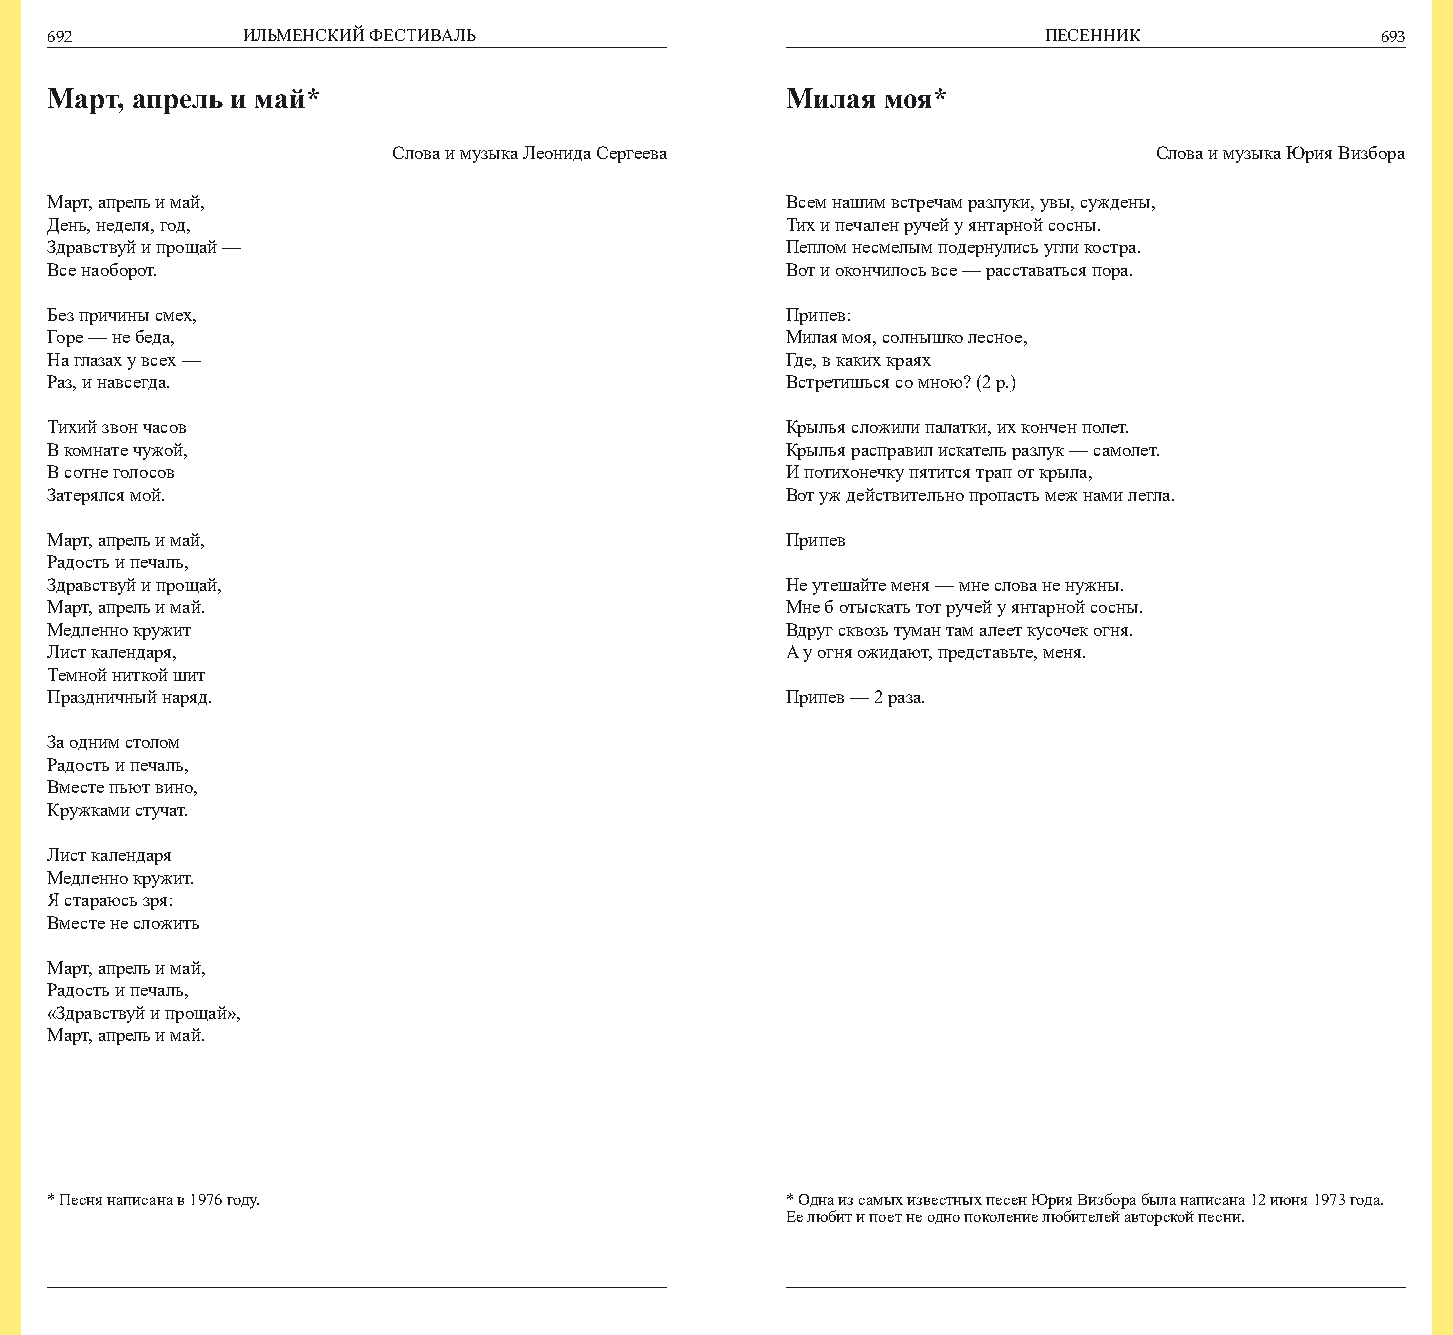
692          ИЛЬМЕНСКИЙ ФЕСТИВАЛЬ                                 ПЕСЕННИК              693
 Март, апрель и май*                              Милая  моя*
 Слова и музыка Леонида Сергеева                    Слова и музыка Юрия Визбора
 Март, апрель и май,                              Всем нашим встречам разлуки, увы, суждены,
 День, неделя, год,                               Тих и печален ручей у янтарной сосны.
 Здравствуй и прощай —                            Пеплом несмелым подернулись угли костра.
 Все наоборот.                                    Вот и окончилось все — расставаться пора.
 Без причины смех,                                Припев:
 Горе — не беда,                                  Милая моя, солнышко лесное,
 На глазах у всех —                               Где, в каких краях
 Раз, и навсегда.                                 Встретишься со мною? (2 р.)
 Тихий звон часов                                 Крылья сложили палатки, их кончен полет.
 В комнате чужой,                                 Крылья расправил искатель разлук — самолет.
 В сотне голосов                                  И потихонечку пятится трап от крыла,
 Затерялся мой.                                   Вот уж действительно пропасть меж нами легла.
 Март, апрель и май,                              Припев
 Радость и печаль,
 Здравствуй и прощай,                             Не утешайте меня — мне слова не нужны.
 Март, апрель и май.                              Мне б отыскать тот ручей у янтарной сосны.
 Медленно кружит                                  Вдруг сквозь туман там алеет кусочек огня.
 Лист календаря,                                  А у огня ожидают, представьте, меня.
 Темной ниткой шит
 Праздничный наряд.                               Припев — 2 раза.
 За одним столом
 Радость и печаль,
 Вместе пьют вино,
 Кружками стучат.
 Лист календаря
 Медленно кружит.
 Я стараюсь зря:
 Вместе не сложить
 Март, апрель и май,
 Радость и печаль,
 «Здравствуй и прощай»,
 Март, апрель и май.
 * Песня написана в 1976 году.                    * Одна из самых известных песен Юрия Визбора была написана 12 июня 1973 года.
 Ее любит и поет не одно поколение любителей авторской песни.